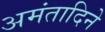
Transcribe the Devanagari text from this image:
अमंतादिने